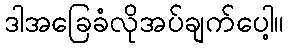
ဒါအခြေခံလိုအပ်ချက်ပေါ့။